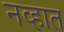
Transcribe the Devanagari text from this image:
नव्हात